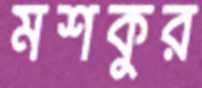
মশকুর